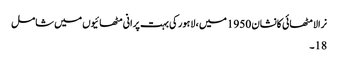
نرالا مٹھائی کانشان 1950 میں ، لاہور کی بہت پرانی مٹھائیوں میں شامل
18۔